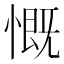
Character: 慨